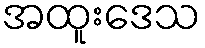
အထူးဒေသ